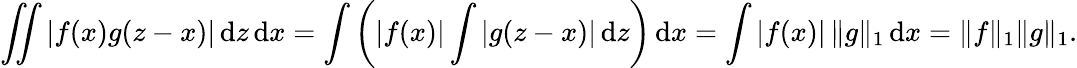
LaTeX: \iint|f(x)g(z-x)|\, \mathrm{d}z\, \mathrm{d}x=\int\left(|f(x)|\int|g(z-x)|\, \mathrm{d}z\right)\, \mathrm{d}x=\int|f(x)|\, \| g\| _{1}\, \mathrm{d}x=\| f\| _{1}\| g\| _{1}.